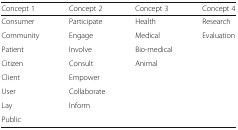
<table><thead><tr><td><b>Concept 1</b></td><td><b>Concept 2</b></td><td><b>Concept 3</b></td><td><b>Concept 4</b></td></tr></thead><tbody><tr><td>Consumer</td><td>Participate</td><td>Health</td><td>Research</td></tr><tr><td>Community</td><td>Engage</td><td>Medical</td><td>Evaluation</td></tr><tr><td>Patient</td><td>Involve</td><td>Bio-medical</td><td></td></tr><tr><td>Citizen</td><td>Consult</td><td>Animal</td><td></td></tr><tr><td>Client</td><td>Empower</td><td></td><td></td></tr><tr><td>User</td><td>Collaborate</td><td></td><td></td></tr><tr><td>Lay</td><td>Inform</td><td></td><td></td></tr><tr><td>Public</td><td></td><td></td><td></td></tr></tbody></table>